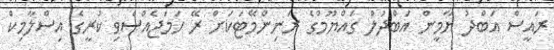
ރައީސް އަބްދު ޔާމީން އަބްދުލް ގައްޔޫމްގެ ރަނިންމޭޓަކަށް ރޭ ހަމަޖެއްސެވި ކުރީގެ އިސްލާމިކް